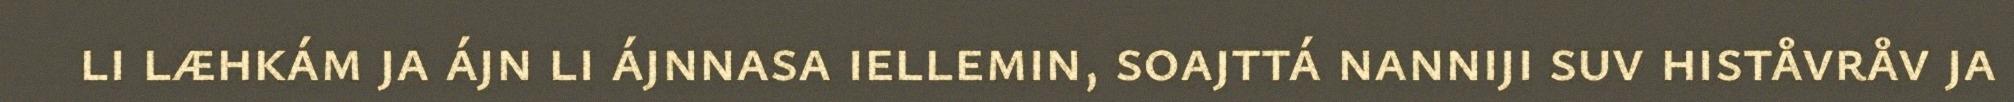
li læhkám ja ájn li ájnnasa iellemin, soajttá nanniji suv histåvråv ja